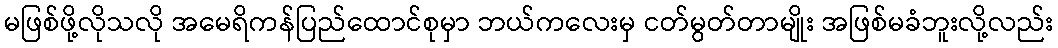
မဖြစ်ဖို့လိုသလို အမေရိကန်ပြည်ထောင်စုမှာ ဘယ်ကလေးမှ ငတ်မွတ်တာမျိုး အဖြစ်မခံဘူးလို့လည်း